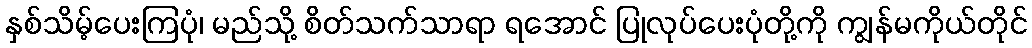
နှစ်သိမ့်ပေးကြပုံ၊ မည်သို့ စိတ်သက်သာရာ ရအောင် ပြုလုပ်ပေးပုံတို့ကို ကျွန်မကိုယ်တိုင်